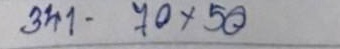
341 - 70 x 50